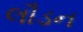
લૌડન